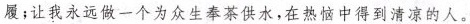
履;让我永远做一个为众生奉茶供水，在热恼中得到清凉的人。